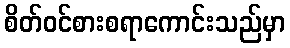
စိတ်ဝင်စားစရာကောင်းသည်မှာ